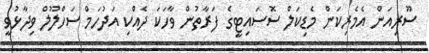
ސޫރިއަން އެމެރިކަން މެޑިކަލް ސޮސައިޓީގެ ފަރާތުން ވާހަކަ ދެއްކި އަދުހަމް ސަހްލޫލް ވިދާޅުވީ